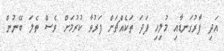
އަދި ފާރުގަނޑާއި މުލިހި ފަދަ ތަކެއްޗަށް ފަރުވާ ކުރުމަށް ވެސް ތެލަ ބޭނުން